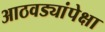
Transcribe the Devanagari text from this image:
आठवड्यांपेक्षा